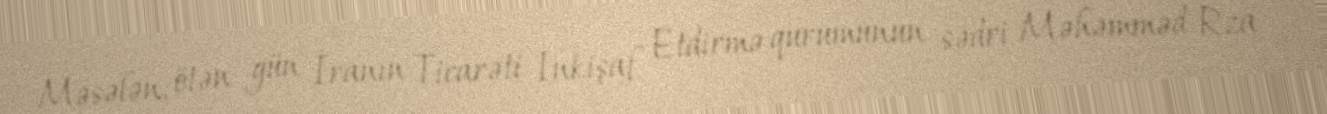
Məsələn, ötən gün İranın Ticarəti İnkişaf Etdirmə qurumunun sədri Məhəmməd Rza